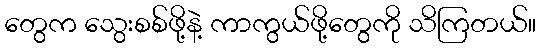
တွေက သွေးစစ်ဖို့နဲ့ ကာကွယ်ဖို့တွေကို သိကြတယ်။